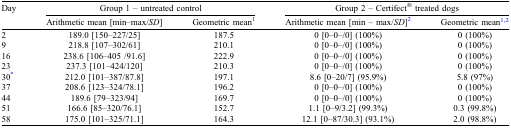
<table><thead><tr><td><b>Day</b></td><td colspan="2"><b>Group 1 – untreated control</b></td><td colspan="2"><b>Group 2 – Certifect<sup>®</sup> treated dogs</b></td></tr><tr><td></td><td><b>Arithmetic mean [min–max/<i>SD</i>]</b></td><td><b>Geometric mean1</b></td><td><b>Arithmetic mean [min – max/<i>SD</i>]2</b></td><td><b>Geometric mean1,2</b></td></tr></thead><tbody><tr><td>2</td><td>189.0 [150–227/25]</td><td>187.5</td><td>0 [0–0–/0] (100%)</td><td>0 (100%)</td></tr><tr><td>9</td><td>218.8 [107–302/61]</td><td>210.1</td><td>0 [0–0–/0] (100%)</td><td>0 (100%)</td></tr><tr><td>16</td><td>238.6 [106–405 /91.6]</td><td>222.9</td><td>0 [0–0–/0] (100%)</td><td>0 (100%)</td></tr><tr><td>23</td><td>237.3 [101–424/120]</td><td>210.3</td><td>0 [0–0–/0] (100%)</td><td>0 (100%)</td></tr><tr><td>30*</td><td>212.0 [101–387/87.8]</td><td>197.1</td><td>8.6 [0–20/7] (95.9%)</td><td>5.8 (97%)</td></tr><tr><td>37</td><td>208.6 [123–324/78.1]</td><td>196.2</td><td>0 [0–0–/0] (100%)</td><td>0 (100%)</td></tr><tr><td>44</td><td>189.6 [79–323/94]</td><td>169.7</td><td>0 [0–0–/0] (100%)</td><td>0 (100%)</td></tr><tr><td>51</td><td>166.6 [85–320/76.1]</td><td>152.7</td><td>1.1 [0–9/3.2] (99.3%)</td><td>0.3 (99.8%)</td></tr><tr><td>58</td><td>175.0 [101–325/71.1]</td><td>164.3</td><td>12.1 [0–87/30.3] (93.1%)</td><td>2.0 (98.8%)</td></tr></tbody></table>